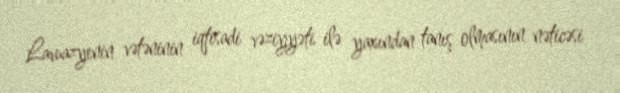
Lavuazyenin vətəninin iqtisadi vəziyyəti ilə yaxından tanış olmasının nəticəsi